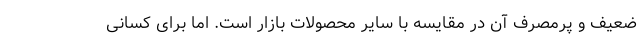
ضعیف و پرمصرف آن در مقایسه با سایر محصولات بازار است. اما برای کسانی